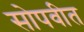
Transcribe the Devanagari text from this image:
सोपवीत